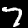
Label: 7